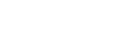
ဩသာရေသိ